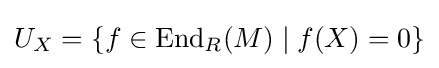
U_{X}=\{f\in {\text{End}}_{R}(M)\mid f(X)=0\}